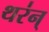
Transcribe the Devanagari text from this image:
थर॑न्